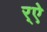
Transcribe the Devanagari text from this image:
र्‌ऐ